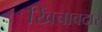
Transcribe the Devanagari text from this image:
खिंचावदार